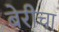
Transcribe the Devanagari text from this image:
बेरीचा